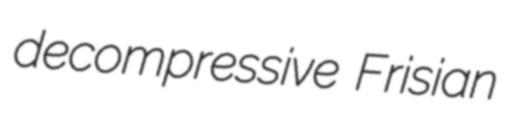
decompressive Frisian